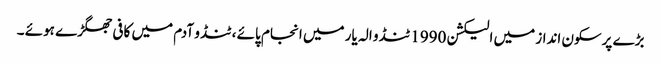
بڑے پرسکون انداز میں الیکشن 1990 ٹنڈو الہ یار میں انجام پائے ، ٹنڈو آدم میں کافی جھگڑے ہوئے ۔